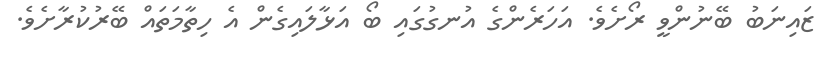
ޒައިނަބު ބޭނުންވީ ރޯށެވެ. އަހަރެންގެ އުނގުގައި ބޯ އަޅާލައިގެން އެ ހިތާމަތައް ބޭރުކުރާށެވެ.